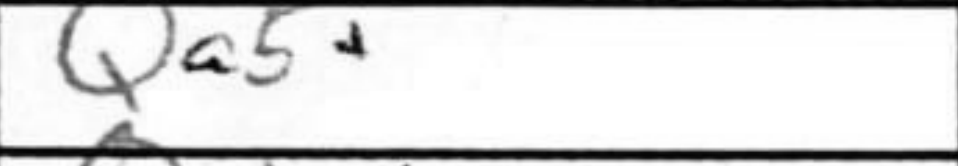
Transcription: Qa5+